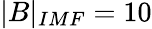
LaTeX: |B|_{IMF}=10